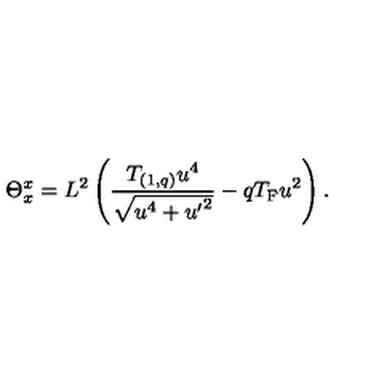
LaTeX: \Theta _ { x } ^ { x } = L ^ { 2 } \left( { \frac { T _ { ( 1 , q ) } u ^ { 4 } } { \sqrt { u ^ { 4 } + { u ^ { \prime } } ^ { 2 } } } } - q T _ { \mathrm { F } } u ^ { 2 } \right) .